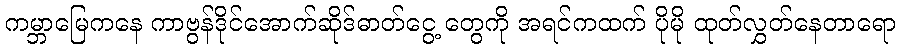
ကမ္ဘာမြေကနေ ကာဗွန်ဒိုင်အောက်ဆိုဒ်ဓာတ်ငွေ့ တွေကို အရင်ကထက် ပိုမို ထုတ်လွှတ်နေတာရော